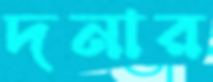
দনার